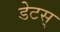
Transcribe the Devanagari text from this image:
डेटस्‌